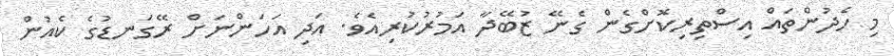
މި ހެދުންތައް އިސްތިރިކޮށްގެން ގެނޭ ޒުބޭދާ އަމުރުކުރިއެވެ. އަދި އަހަންނަށް ރޭގަނޑުގެ ކެއުން